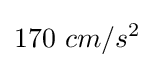
170~cm/s^{2}